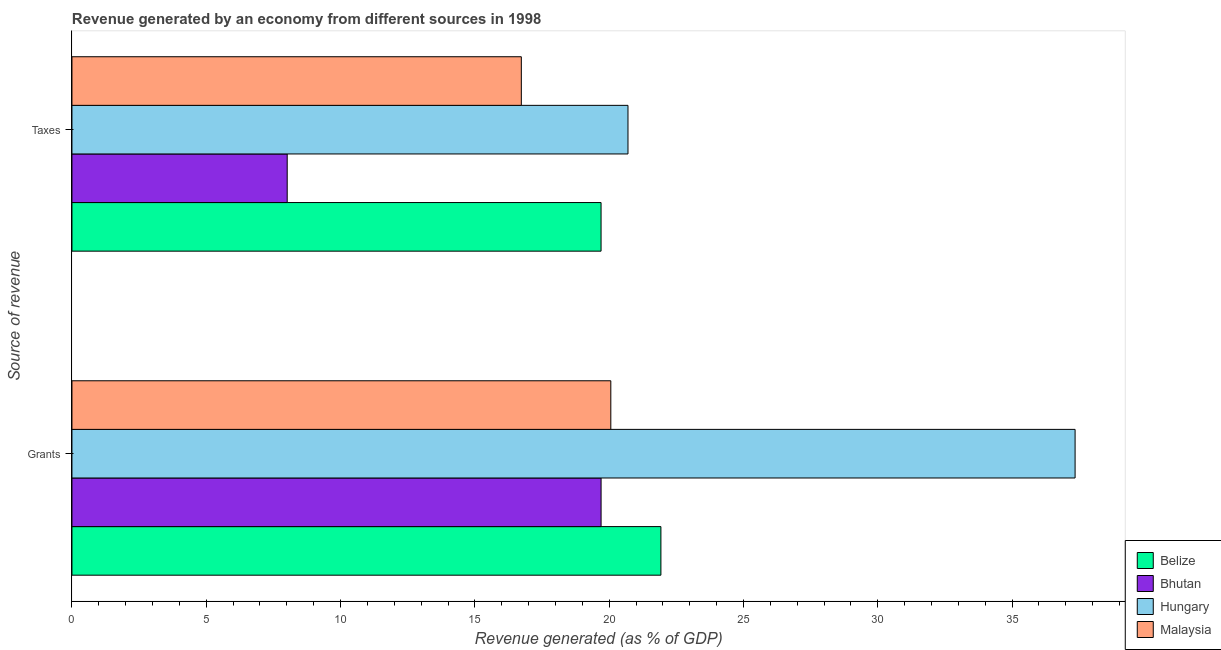
| Source of revenue | Belize | Bhutan | Hungary | Malaysia |
 | --- | --- | --- | --- | --- |
 | Grants | 21.9 | 19.7 | 37.3 | 20.1 |
 | Taxes | 19.7 | 8.01 | 20.7 | 16.7 |